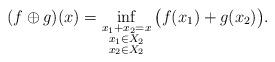
LaTeX: \begin{align*} (f\oplus g)(x) = \inf_{\substack{x_1+x_2=x\\x_1\in X_2\\x_2\in X_2}}\big( f(x_1) +g(x_2)\big). \end{align*}